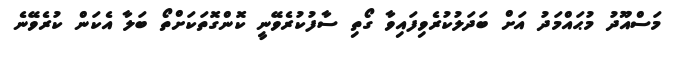
މަސްއޫދު މުޙައްމަދު އަށް ބަދަލުކުރެވިފައިވާ ގޯތި ސާފުކުރެވޭނީ ކޮންގޮތަކަށްތޯ ބަލާ އެކަން ކުރެވޭނެ